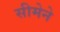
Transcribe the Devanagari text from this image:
सीमेने